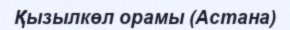
Қызылкөл орамы (Астана)